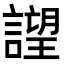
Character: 𧫢